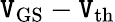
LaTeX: \mathtt{V}_{\mathrm{{GS}}}-\mathtt{V}_{\mathrm{{th}}}